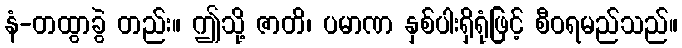
နံ-တထွာခွဲ တည်း။ ဤသို့ ဇာတိ၊ ပမာဏ နှစ်ပါးရှိရုံဖြင့် စီဝရမည်သည်။